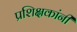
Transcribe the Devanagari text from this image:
प्रशिक्षकांनी